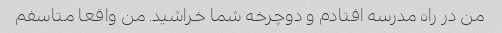
من در راه مدرسه افتادم و دوچرخه شما خراشید. من واقعا متاسفم